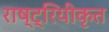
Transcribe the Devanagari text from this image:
राष्ट्रियीकृत